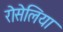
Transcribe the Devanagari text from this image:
रोसेलिया